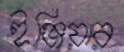
ইঞ্জিয়ার